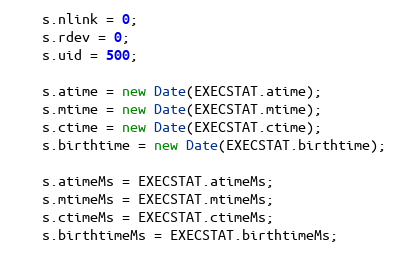
Language: JavaScript
    s.nlink = 0;
    s.rdev = 0;
    s.uid = 500;

    s.atime = new Date(EXECSTAT.atime);
    s.mtime = new Date(EXECSTAT.mtime);
    s.ctime = new Date(EXECSTAT.ctime);
    s.birthtime = new Date(EXECSTAT.birthtime);

    s.atimeMs = EXECSTAT.atimeMs;
    s.mtimeMs = EXECSTAT.mtimeMs;
    s.ctimeMs = EXECSTAT.ctimeMs;
    s.birthtimeMs = EXECSTAT.birthtimeMs;